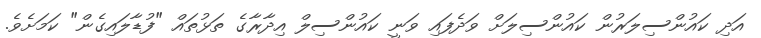
އަދި ކައުންސިލަރުން ކައުންސިލަށް ވަދެފައި ވަނީ ކައުންސިލް އިދާރާގެ ތަޅުތައް "ފުޑާލައިގެން" ކަމަށެވެ.